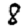
Digit: 8